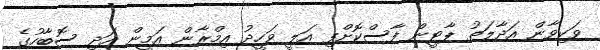
ވަކިވާން އަދާލަތު ޕާޓީން ފާސްކޮށްފި އަލީ ވަހީދު އިމްރާން އަމީން އަދި ސޮބާހުގެ